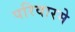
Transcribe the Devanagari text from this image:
परिवारमे